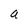
Character: a